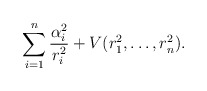
\begin{align*}\sum_{i=1}^n \frac{\alpha_i^2}{r_i^2}+V(r_1^2,\dots,r_n^2).\end{align*}